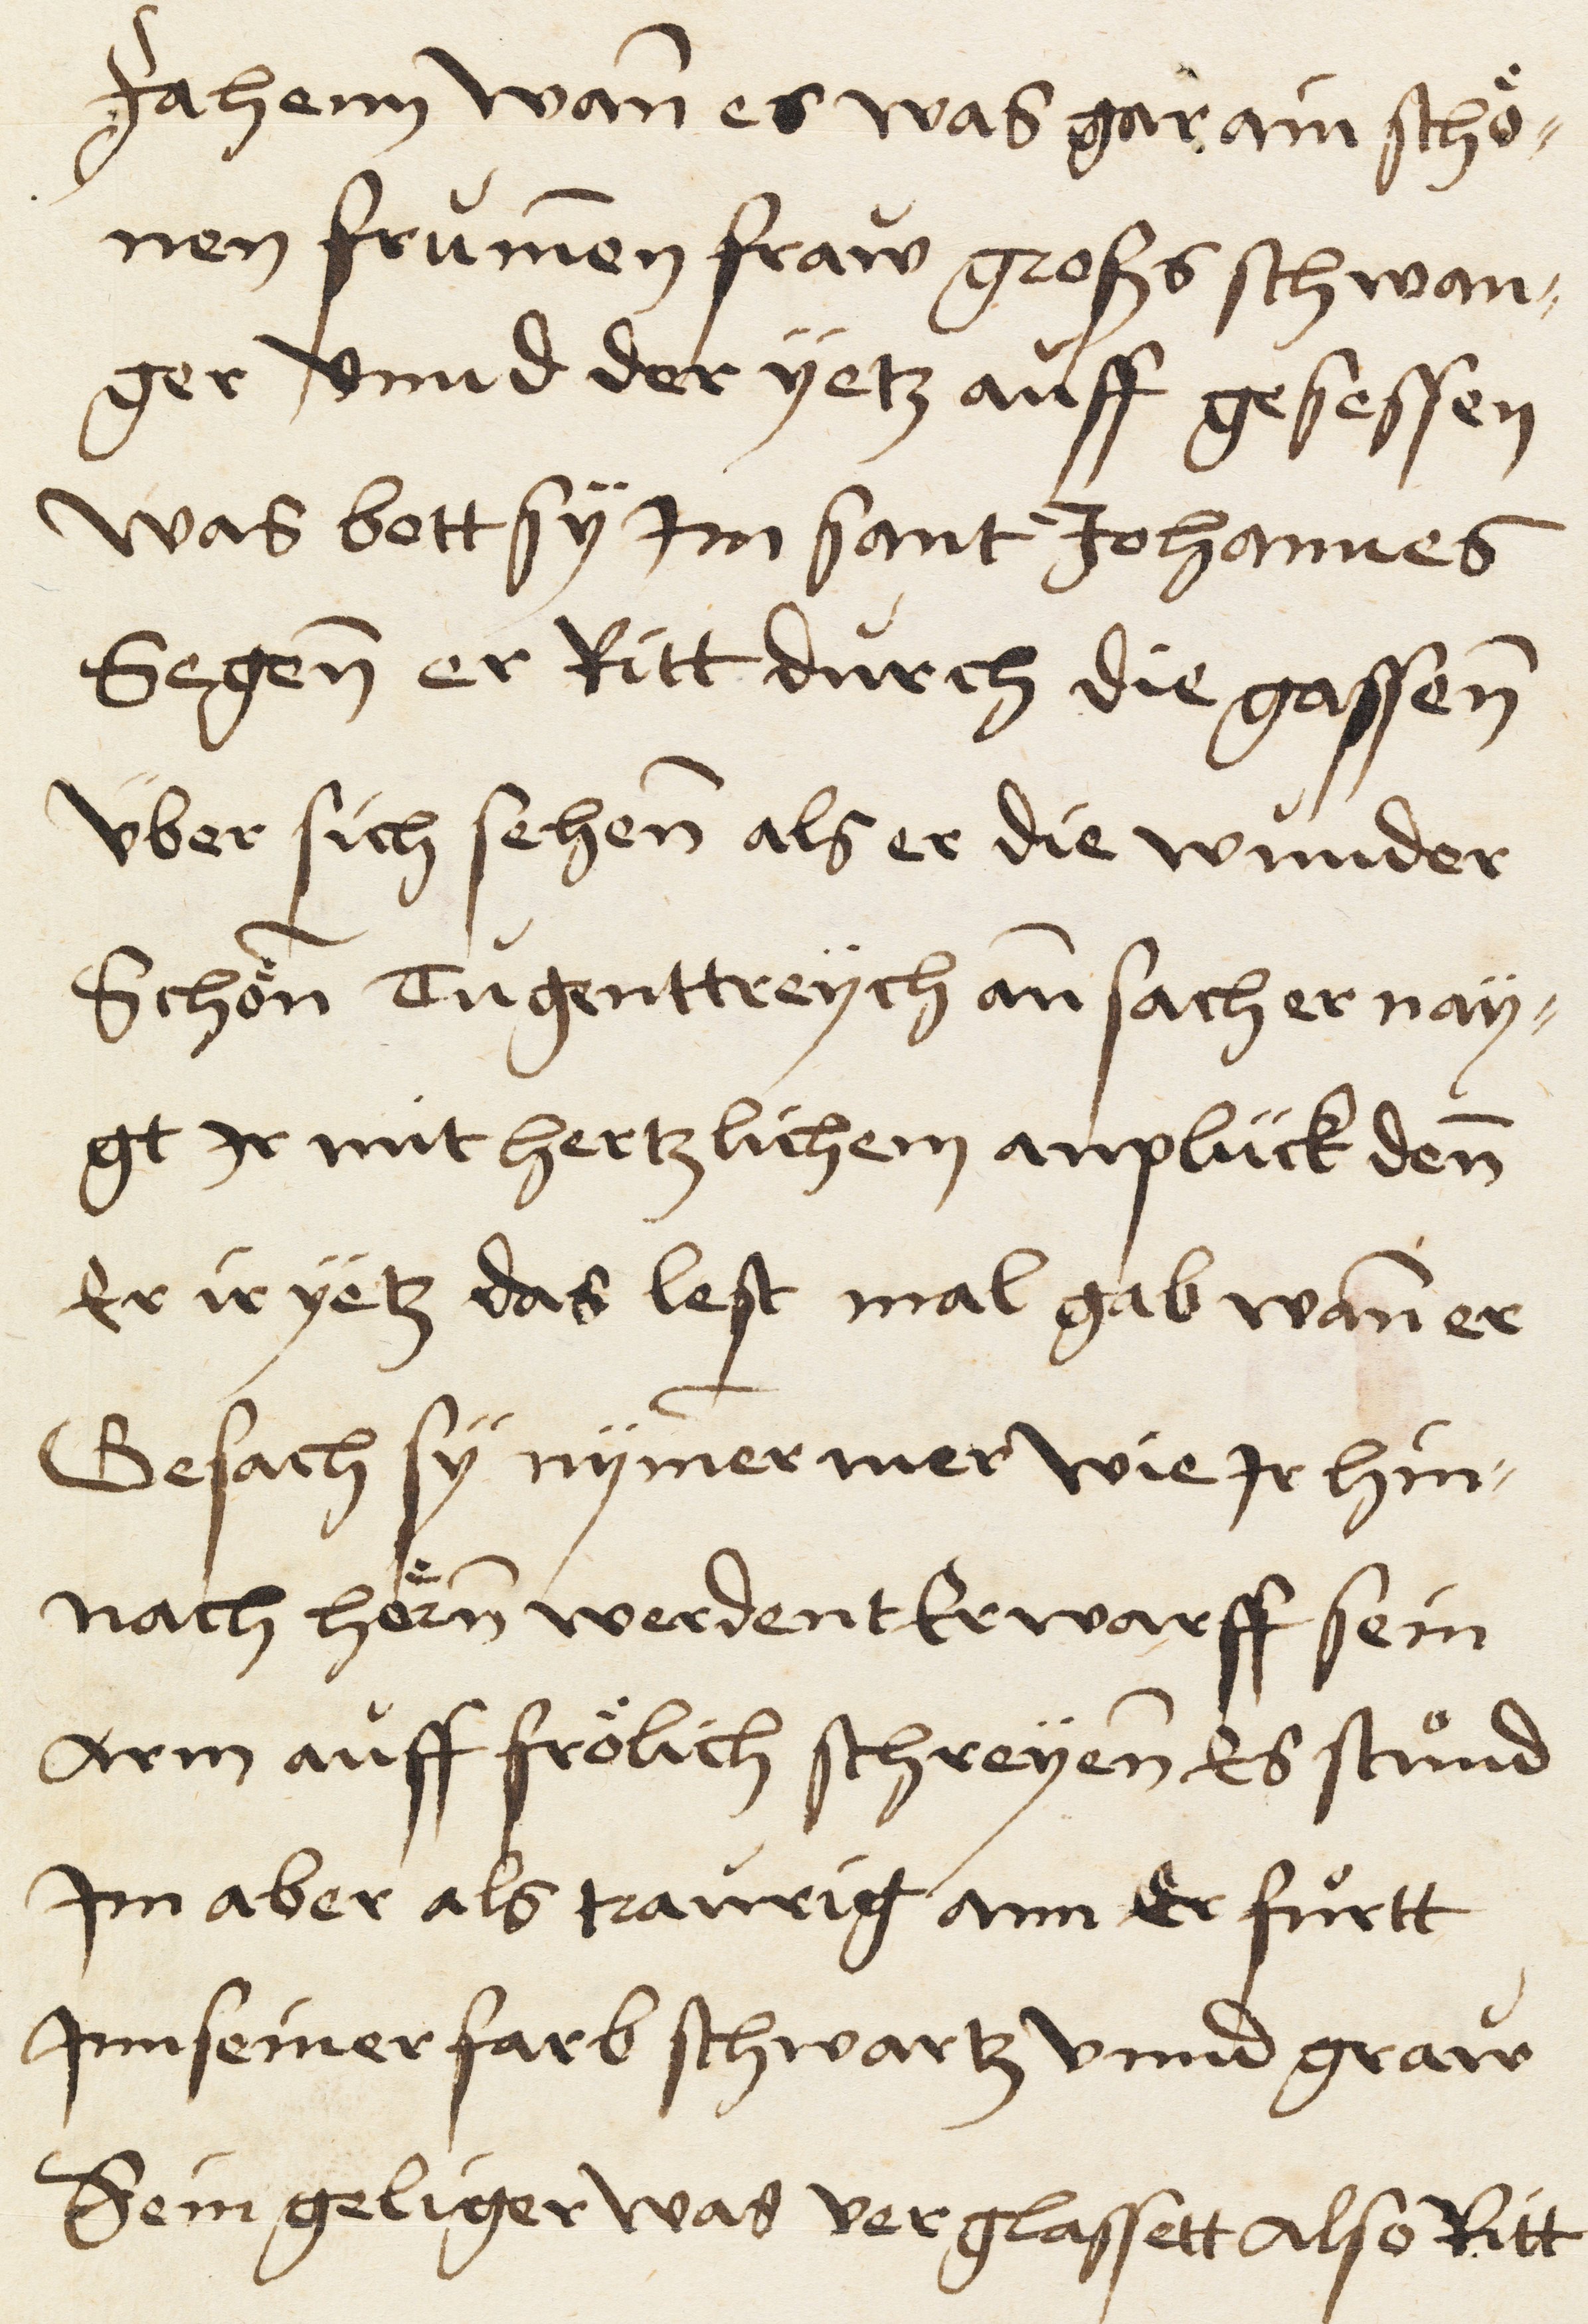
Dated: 1521–1521